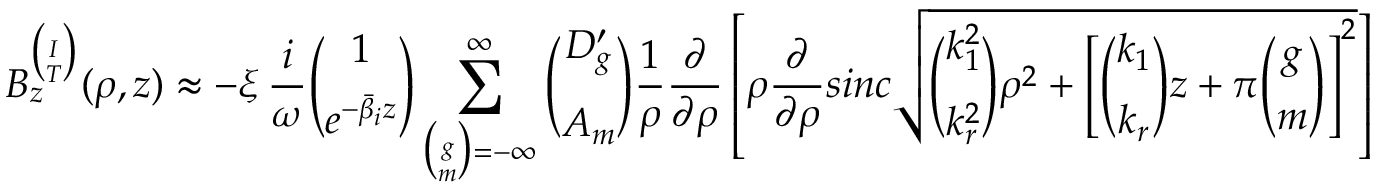
B _ { z } ^ { \binom { I } { T } } ( \rho , z ) \approx - \xi \, \frac { i } { \omega } { \binom { 1 } { e ^ { - \bar { \beta } _ { i } z } } } \sum _ { { \binom { g } { m } } = - \infty } ^ { \infty } { \binom { D _ { g } ^ { \prime } } { A _ { m } } } \frac { 1 } { \rho } \frac { \partial } { \partial \rho } \left[ \rho \frac { \partial } { \partial \rho } s i n c \sqrt { { \binom { k _ { 1 } ^ { 2 } } { k _ { r } ^ { 2 } } } \rho ^ { 2 } + \left[ { \binom { k _ { 1 } } { k _ { r } } } z + \pi { \binom { g } { m } } \right] ^ { 2 } } \right]